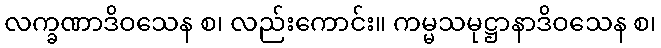
လက္ခဏာဒိဝသေန စ၊ လည်းကောင်း။ ကမ္မသမုဋ္ဌာနာဒိဝသေန စ၊